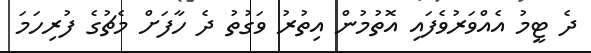
ދެ ޓީމު އެއްވަރުވެފައި އޮތުމުން އިތުރު ވަގުތު ދެ ހާފަށް މެޗުގެ ފުރިހަމަ